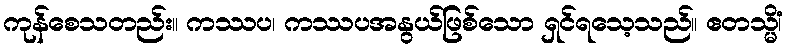
ကုန်စေသတည်း။ ကဿပ၊ ကဿပအနွယ်ဖြစ်သော ရှင်ရသေ့သည်။ ဧတသ္မိံ၊